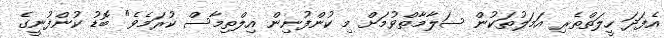
އެފަދަ ހީލަތްތެރި އަމަލުތަކުން ސަލާމާތްވުމަށް މި ކުންފުނިން އިލްތިމާސް ކުރަމެވެ" ބޮޑު ކުންފުނީގެ